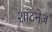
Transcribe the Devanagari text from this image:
शाटनेज़